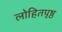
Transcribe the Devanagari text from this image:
लोहितपृष्ठ